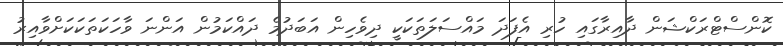
ކޮންސްޓްރަކްޝަން ދާއިރާގައި ހުރި އެފަދަ މައްސަލަތަކަކީ ދިވެހިން އަބަދުމެ ދައްކަމުން އަންނަ ވާހަކަތަކަކަށްވާއިރު